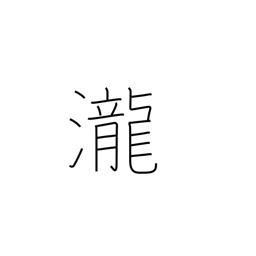
Meaning: rapids